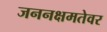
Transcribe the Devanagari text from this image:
जननक्षमतेवर